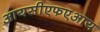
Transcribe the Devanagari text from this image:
आयसीएफएआय